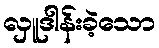
လှူဒါန်းခဲ့သော